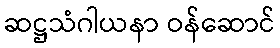
ဆဋ္ဌသံဂါယနာ ဝန်ဆောင်